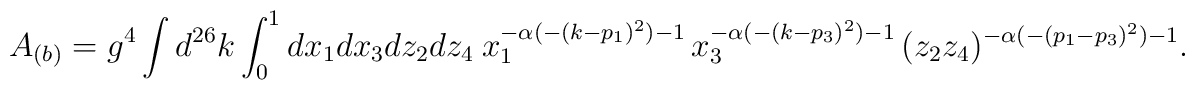
A_{(b)}=g^4\int d^{26}k \int_{0}^{1} dx_1 dx_3 dz_2 dz_4~	x_{1}^{-\alpha (-(k-p_1)^2) -1}\,	x_{3}^{-\alpha (-(k-p_3)^2) -1}\,	(z_{2}z_{4})^{-\alpha (-(p_1-p_3)^2) -1} .